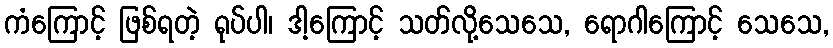
ကံကြောင့် ဖြစ်ရတဲ့ ရုပ်ပါ၊ ဒါ့ကြောင့် သတ်လို့သေသေ, ရောဂါကြောင့် သေသေ,